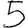
Digit: 5